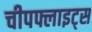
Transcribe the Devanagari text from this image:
चीपफ्लाइट्स